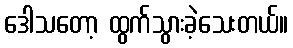
ဒေါသတော့ ထွက်သွားခဲ့သေးတယ်။